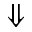
\Downarrow { }